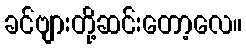
ခင်ဗျားတို့ဆင်းတော့လေ။